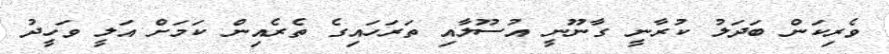
ވެރިކަން ބަދަލު ކުރާނީ ގާނޫނީ އުސޫލާއި ތަރަހައިގެ ތެރެއިން ކަމަށް އަލީ ވަހީދު